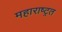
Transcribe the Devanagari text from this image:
महाराष्ट्रत